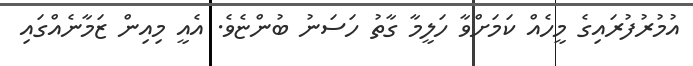
އުމުރުފުރައިގެ މީހެއް ކަމަށްވާ ހަލީމާ ގާތު ހަސަނު ބުންޏެވެ. އެއީ މިއިން ޒަމާނެއްގައި